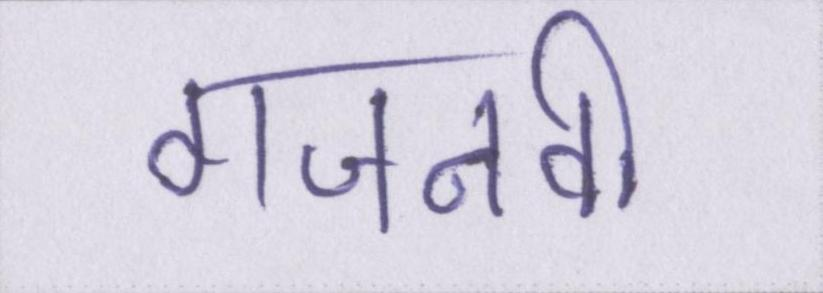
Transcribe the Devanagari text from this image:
गजनवी